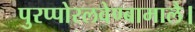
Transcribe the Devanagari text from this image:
पुरप्पोरलवेण्बामालै।